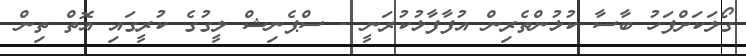
ގޯލަކަށްފަހު ބާސާ ކުޅުންތެރިން އުފާފާޅުކުރަނީ - ސްޕެނިޝް ލީގުގެ ކުރީގައި އޮތް ތިން